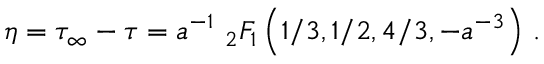
\eta = \tau _ { \infty } - \tau = a ^ { - 1 } \, \, { } _ { 2 } F _ { 1 } \left( { 1 } / { 3 } , { 1 } / { 2 } , { 4 } / { 3 } , - a ^ { - 3 } \right) \, .